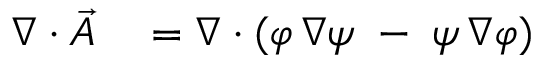
\begin{array} { r l } { \nabla \cdot { \vec { A } } } & { { } = \nabla \cdot ( \varphi \, \nabla \psi \; - \; \psi \, \nabla \varphi ) } \end{array}